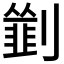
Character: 𠠃